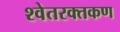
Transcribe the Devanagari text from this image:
श्वेतरक्तकण